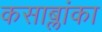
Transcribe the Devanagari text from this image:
कसाब्लांका